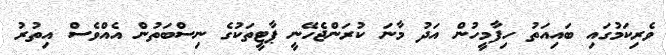
ވެރިކަމުގައި ބައިއަތު ހިފާމީހުން އަދު މާނަ ކުރަންޖެހޭނީ ޕާޓީތަކުގެ ނިސްބަތުން އެއްވެސް އިތުރު